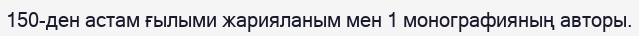
150-ден астам ғылыми жарияланым мен 1 монографияның авторы.